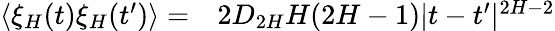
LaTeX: \begin{array}{rl}{\langle\xi_{H}(t)\xi_{H}(t^{\prime})\rangle=}&{{}2D_{2H}H(2H-1)|t-t^{\prime}|^{2H-2}}\end{array}